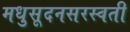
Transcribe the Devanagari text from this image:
मधुसूदनसरस्वती